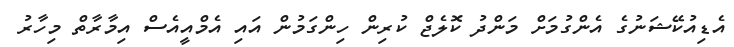
އެޑިއުކޭޝަނުގެ އެންގުމަށް މަންދު ކޮލެޖް ކުރިން ހިންގަމުން އައި އެމްއީއެސް އިމާރާތް މިހާރު